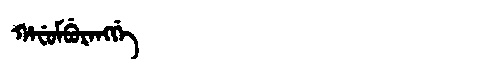
Manchu: ᡥᠠᠸᡠᠮᠪᡠᡵᠠᠩᡤᡝ
Romanization: HAFUMBURANGGE